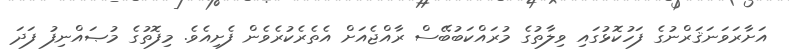
އަށާރަވަނަޤަރްނުގެ ފަހުކޮޅުގައި ވިލާތުގެ މުރައްކަބުބޭސް ރާއްޖެއަށް އެތެރެކުރެވެން ފެށިއެވެ. މިފޮތުގެ މުޞައްނިފު ފަދަ